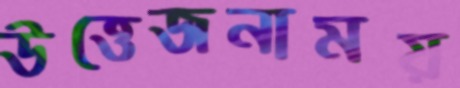
উত্তেজনাময়